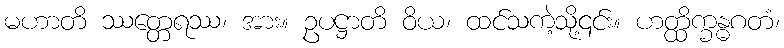
မဟာတိ ဿတ္တေရဿ၊ အား။ ဥပဋ္ဌာတိ ဝိယ၊ ထင်သကဲ့သို့၎င်း။ ဟတ္ထိက္ခန္ဓဂတံ၊